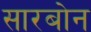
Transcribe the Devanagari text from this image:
सारबोन